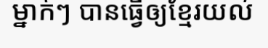
ម្នាក់ៗ បានធ្វើឲ្យខ្មែរយល់